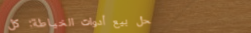
محل بيع أدوات الخياطة: كل